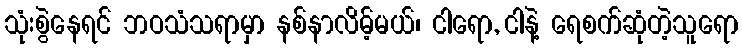
သုံးစွဲနေရင် ဘဝသံသရာမှာ နစ်နာလိမ့်မယ်၊ ငါရော, ငါနဲ့ ရေစက်ဆုံတဲ့သူရော